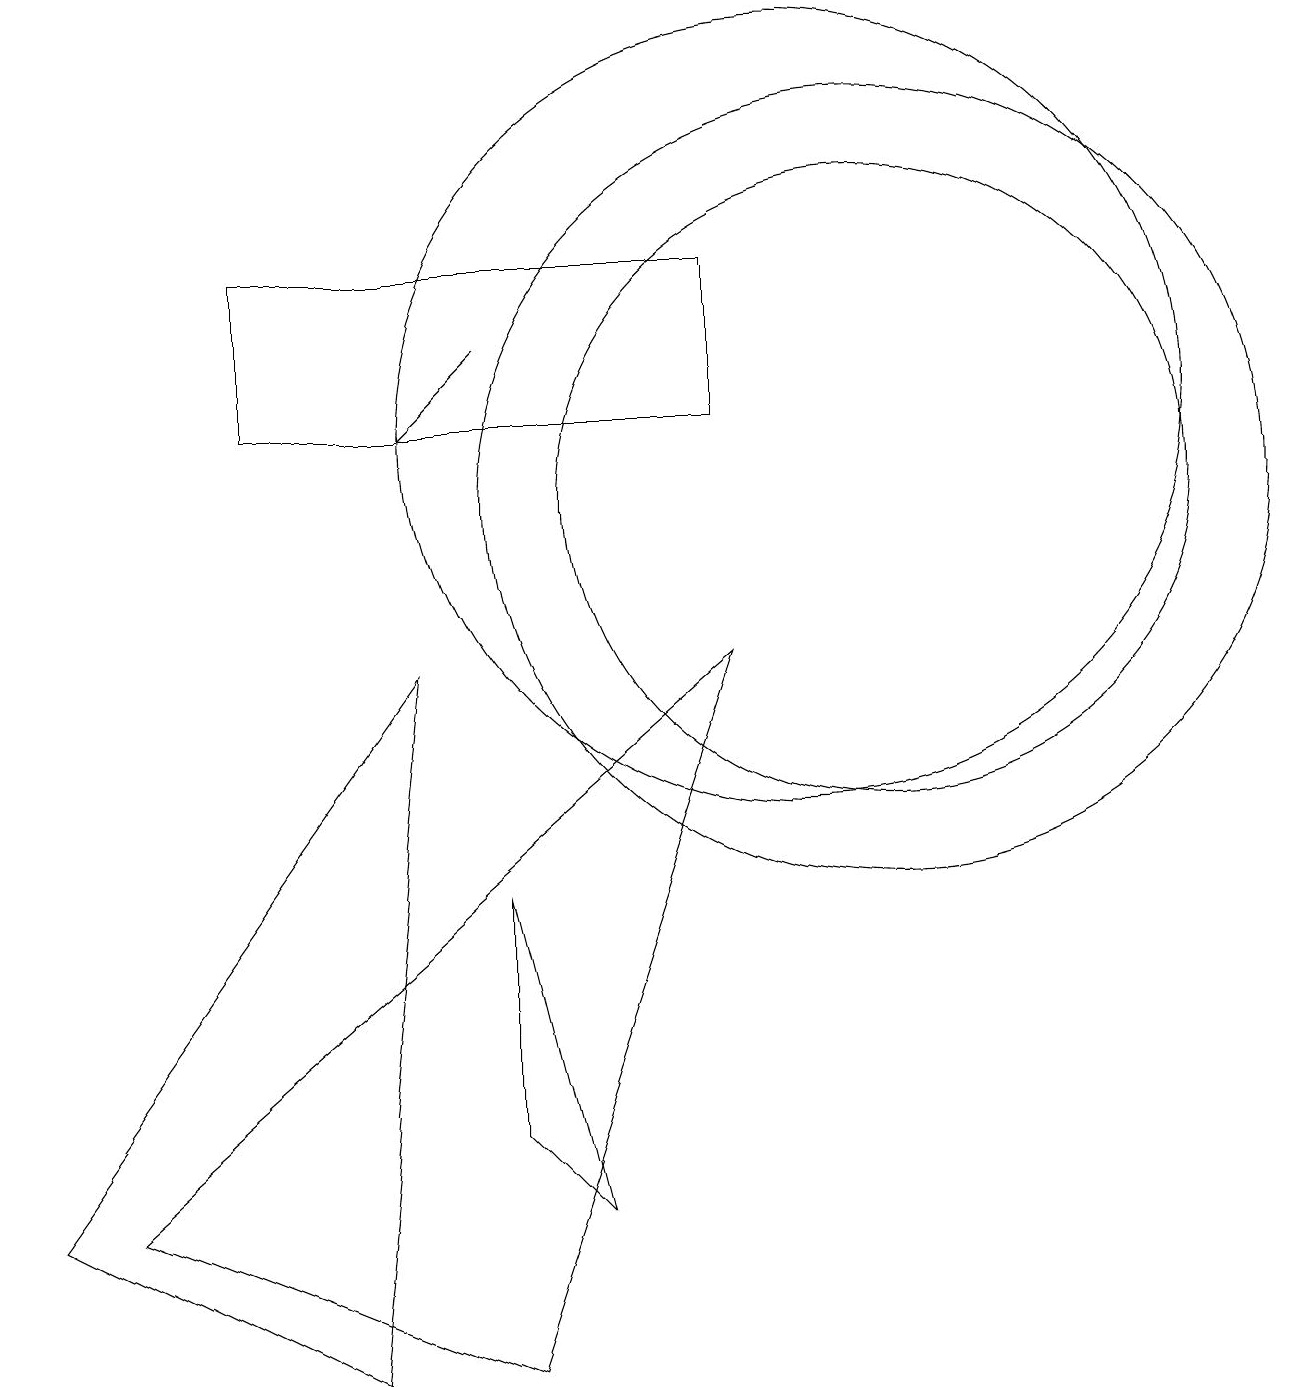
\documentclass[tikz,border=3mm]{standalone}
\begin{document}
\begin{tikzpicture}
\draw (10,12) circle (5);
\draw (11,11) circle (5);
\draw (3,12) rectangle (9,14);
\draw (9,9) -- (1,2) -- (6,0) -- cycle;
\draw[->] (6,13) -- (5,12);
\draw (11,11) circle (4);
\draw (5,9) -- (4,0) -- (0,2) -- cycle;
\draw (7,2) -- (6,3) -- (6,6) -- cycle;
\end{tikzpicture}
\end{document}